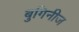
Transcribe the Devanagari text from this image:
बुगिनीज